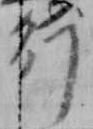
行